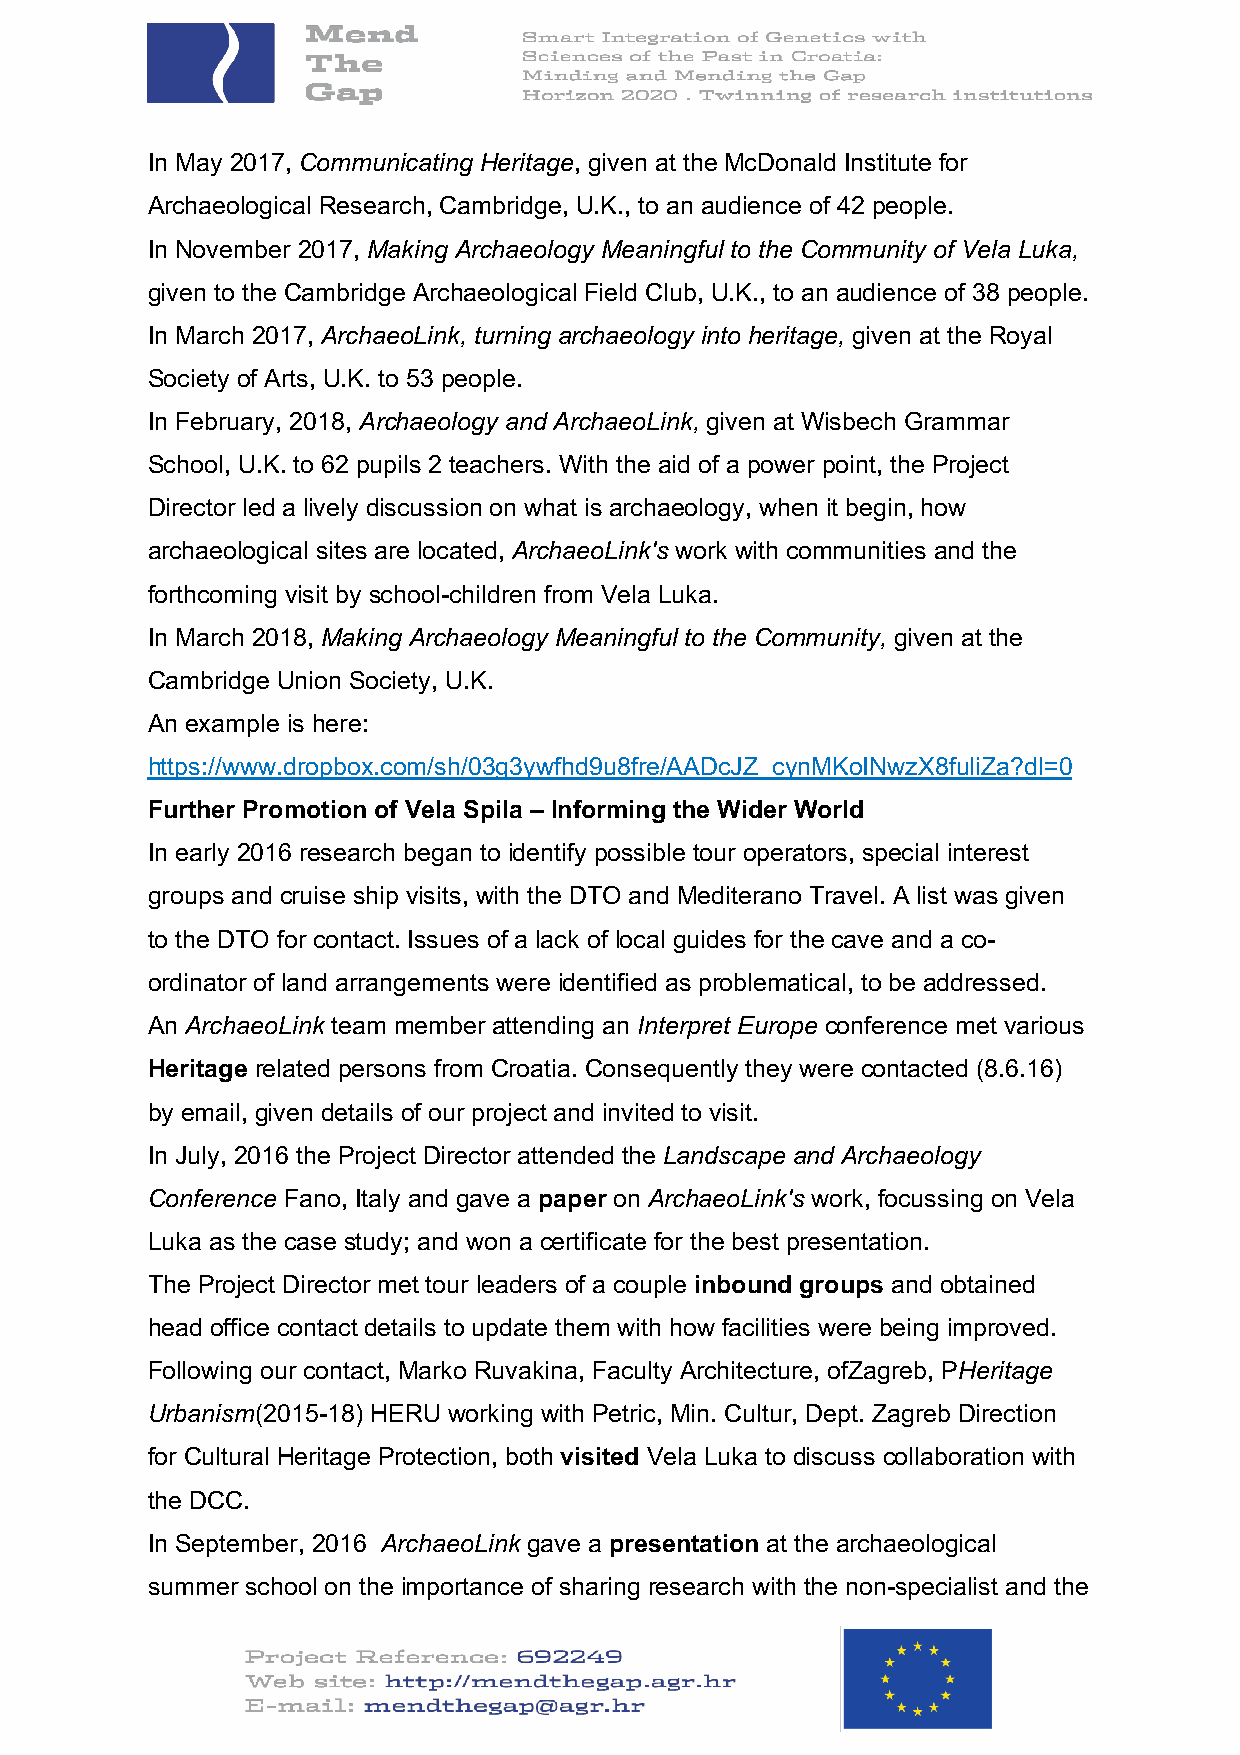
In May 2017, Communicating Heritage, given at the McDonald Institute for
 Archaeological Research, Cambridge, U.K., to an audience of 42 people.
 In November 2017, Making Archaeology Meaningful to the Community of Vela Luka,
 given to the Cambridge Archaeological Field Club, U.K., to an audience of 38 people.
 In March 2017, ArchaeoLink, turning archaeology into heritage, given at the Royal
 Society of Arts, U.K. to 53 people.
 In February, 2018, Archaeology and ArchaeoLink, given at Wisbech Grammar
 School, U.K. to 62 pupils 2 teachers. With the aid of a power point, the Project
 Director led a lively discussion on what is archaeology, when it begin, how
 archaeological sites are located, ArchaeoLink's work with communities and the
 forthcoming visit by school-children from Vela Luka.
 In March 2018, Making Archaeology Meaningful to the Community, given at the
 Cambridge Union Society, U.K.
 An example is here:
 https://www.dropbox.com/sh/03g3ywfhd9u8fre/AADcJZ_cynMKoINwzX8fuliZa?dl=0
 Further Promotion of Vela Spila – Informing the Wider World
 In early 2016 research began to identify possible tour operators, special interest
 groups and cruise ship visits, with the DTO and Mediterano Travel. A list was given
 to the DTO for contact. Issues of a lack of local guides for the cave and a co-
 ordinator of land arrangements were identified as problematical, to be addressed.
 An ArchaeoLink team member attending an Interpret Europe conference met various
 Heritage related persons from Croatia. Consequently they were contacted (8.6.16)
 by email, given details of our project and invited to visit.
 In July, 2016 the Project Director attended the Landscape and Archaeology
 Conference Fano, Italy and gave a paper on ArchaeoLink's work, focussing on Vela
 Luka as the case study; and won a certificate for the best presentation.
 The Project Director met tour leaders of a couple inbound groups and obtained
 head office contact details to update them with how facilities were being improved.
 Following our contact, Marko Ruvakina, Faculty Architecture, ofZagreb, PHeritage
 Urbanism(2015-18) HERU working with Petric, Min. Cultur, Dept. Zagreb Direction
 for Cultural Heritage Protection, both visited Vela Luka to discuss collaboration with
 the DCC.
 In September, 2016 ArchaeoLink gave a presentation at the archaeological
 summer school on the importance of sharing research with the non-specialist and the